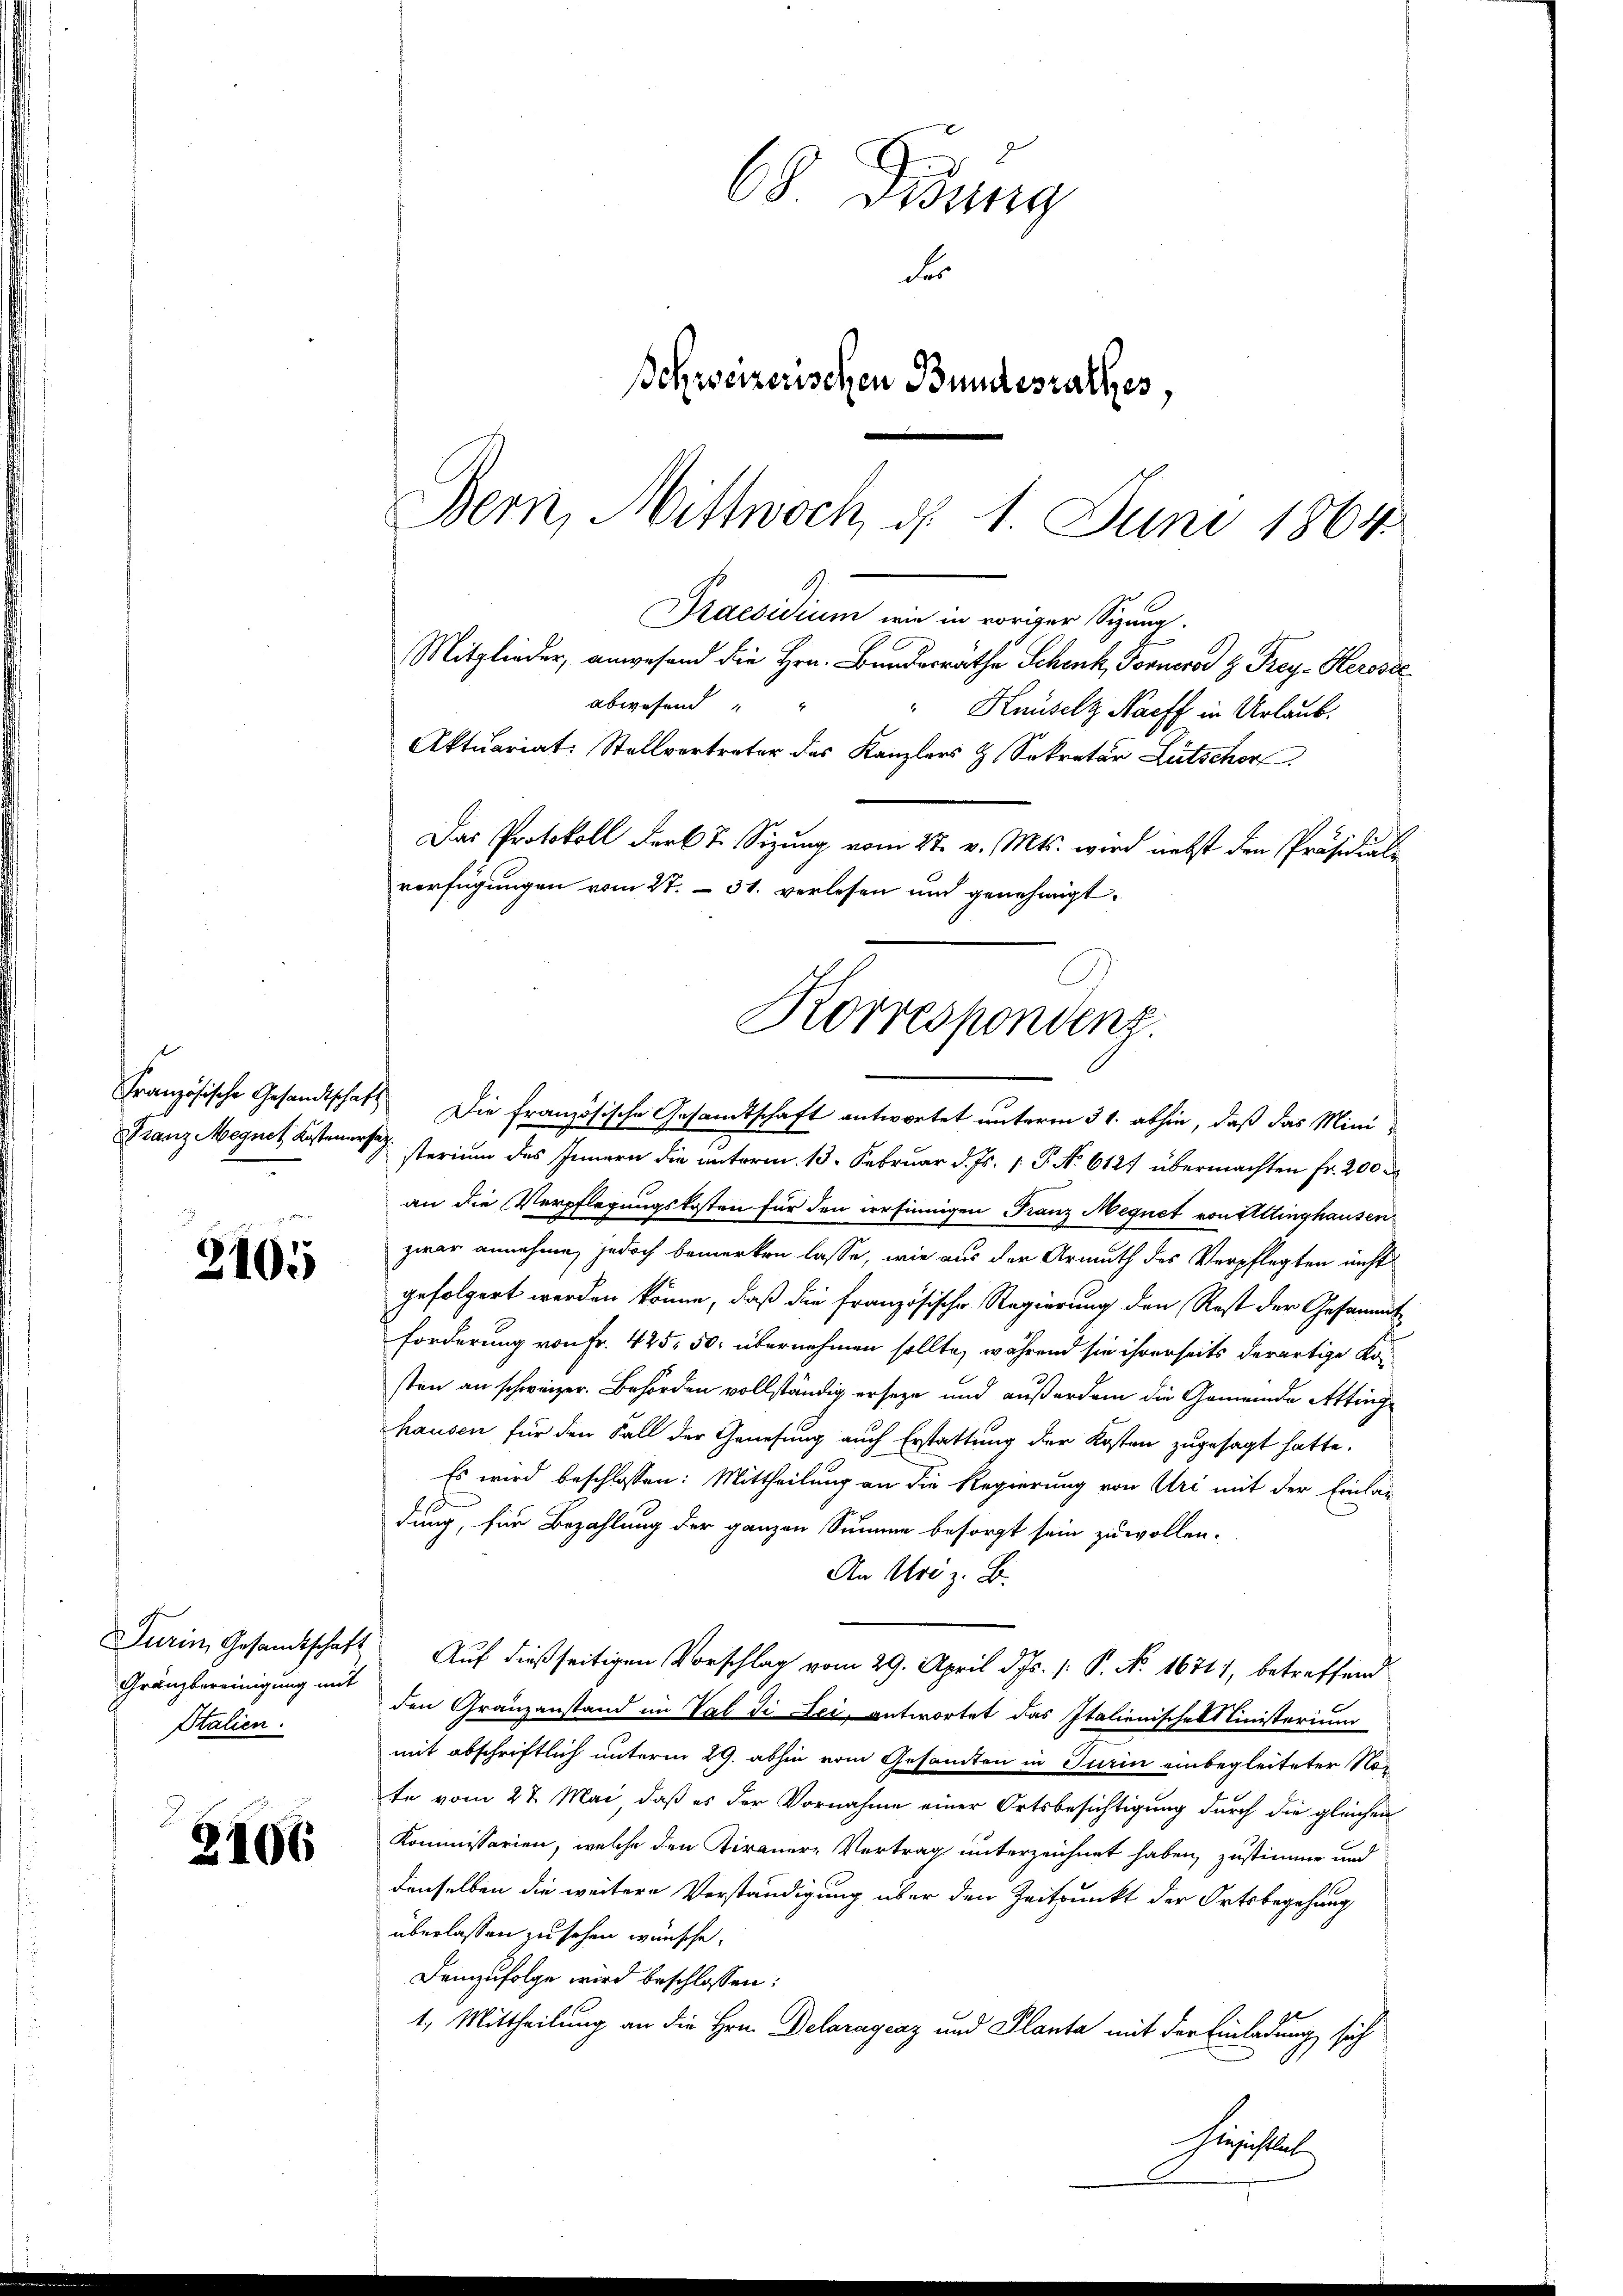
2105

2106

68 Sedung
der
Schweizerischen Bundesrathes,
Bern, Mittwoch, d. 1. Juni 1864
9.
Praesidium wie in voriger Sizung.

Gränzbereinigung mit
Italien.

an die Verpflegungskosten für den irrsinnigen Franz Megnet von Ettinghausen
zwar annehme, jedoch bemerken lasse, wie aus der Armuth des Verpflegten nicht
gefolgert werden könne, daß die französische Regierung den Rest der Gesammt
forderung von Fr. 425. 50. übernehmen sollte, während sie ihrerseits derartige Kosten an schweizer. Behörden vollständig erseze und außerdem die Gemeinde Attinge
hausen für den Fall der Genesung auch Erstattung der Kosten zugesagt hatte.
Es wird beschlossen: Mittheilung an die Regierung von Uri mit der Einlag
dung, für Bezahlung der ganzen Summe besorgt sein zu wollen.
An Uri z. B.
Turin, Gesandtschaft Auf dießseitigen Vorschlag vom 29. April d. Js. 1. P. Nr. 1671), betreffend
den Gränzanstand im Val di Lei, antwortet das Italienischekt linisterium
mit abschriftlich unterm 29. abhin vom Gesamten in Turin einbegleiteter No
te vom 27. Mai, daß es der Vornahme einer Ortsbesichtigung durch die gleichen
Kommissarien, welche den Kiraner-Vertrag unterzeichnet haben, zustimme und
denselben die weitere Verständigung über den Zeitpunkt der Ortsbegehung
überlassen zu sehen wünsche.
Demzufolge wird beschlossen:
1, Mittheilung an die Hrn. Delaragraz und Planta mit der Einladung sich
Gesichtet.

abwesend " "
Korrespondenz.
Französische Gesandtschaft. Die französische Gesandtschaft antwortet unterm 31. abhin, daß das Mini-
Franz Megnet, Kosteners sterium des Innern die unterm 13. Februar d. Js. 1. P. No. 6121 übermachten Fr. 200

Mitglieder, anwesend die Hrn. Bundesräthe Schenk, Fornerer H. Frey. Herosec
" Knüselz Nacht in Urlaub.
Aktuariat: Stellvertreter des Kanzlers & Sekretär Lütscher
Das Protokoll der lt. Sizung vom 27. v. Mts. wird nebst den Präsidiali
verfügungen vom 27. - 31. verlesen und genehmigt.